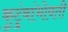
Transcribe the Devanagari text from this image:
कुटुंबांभोवती